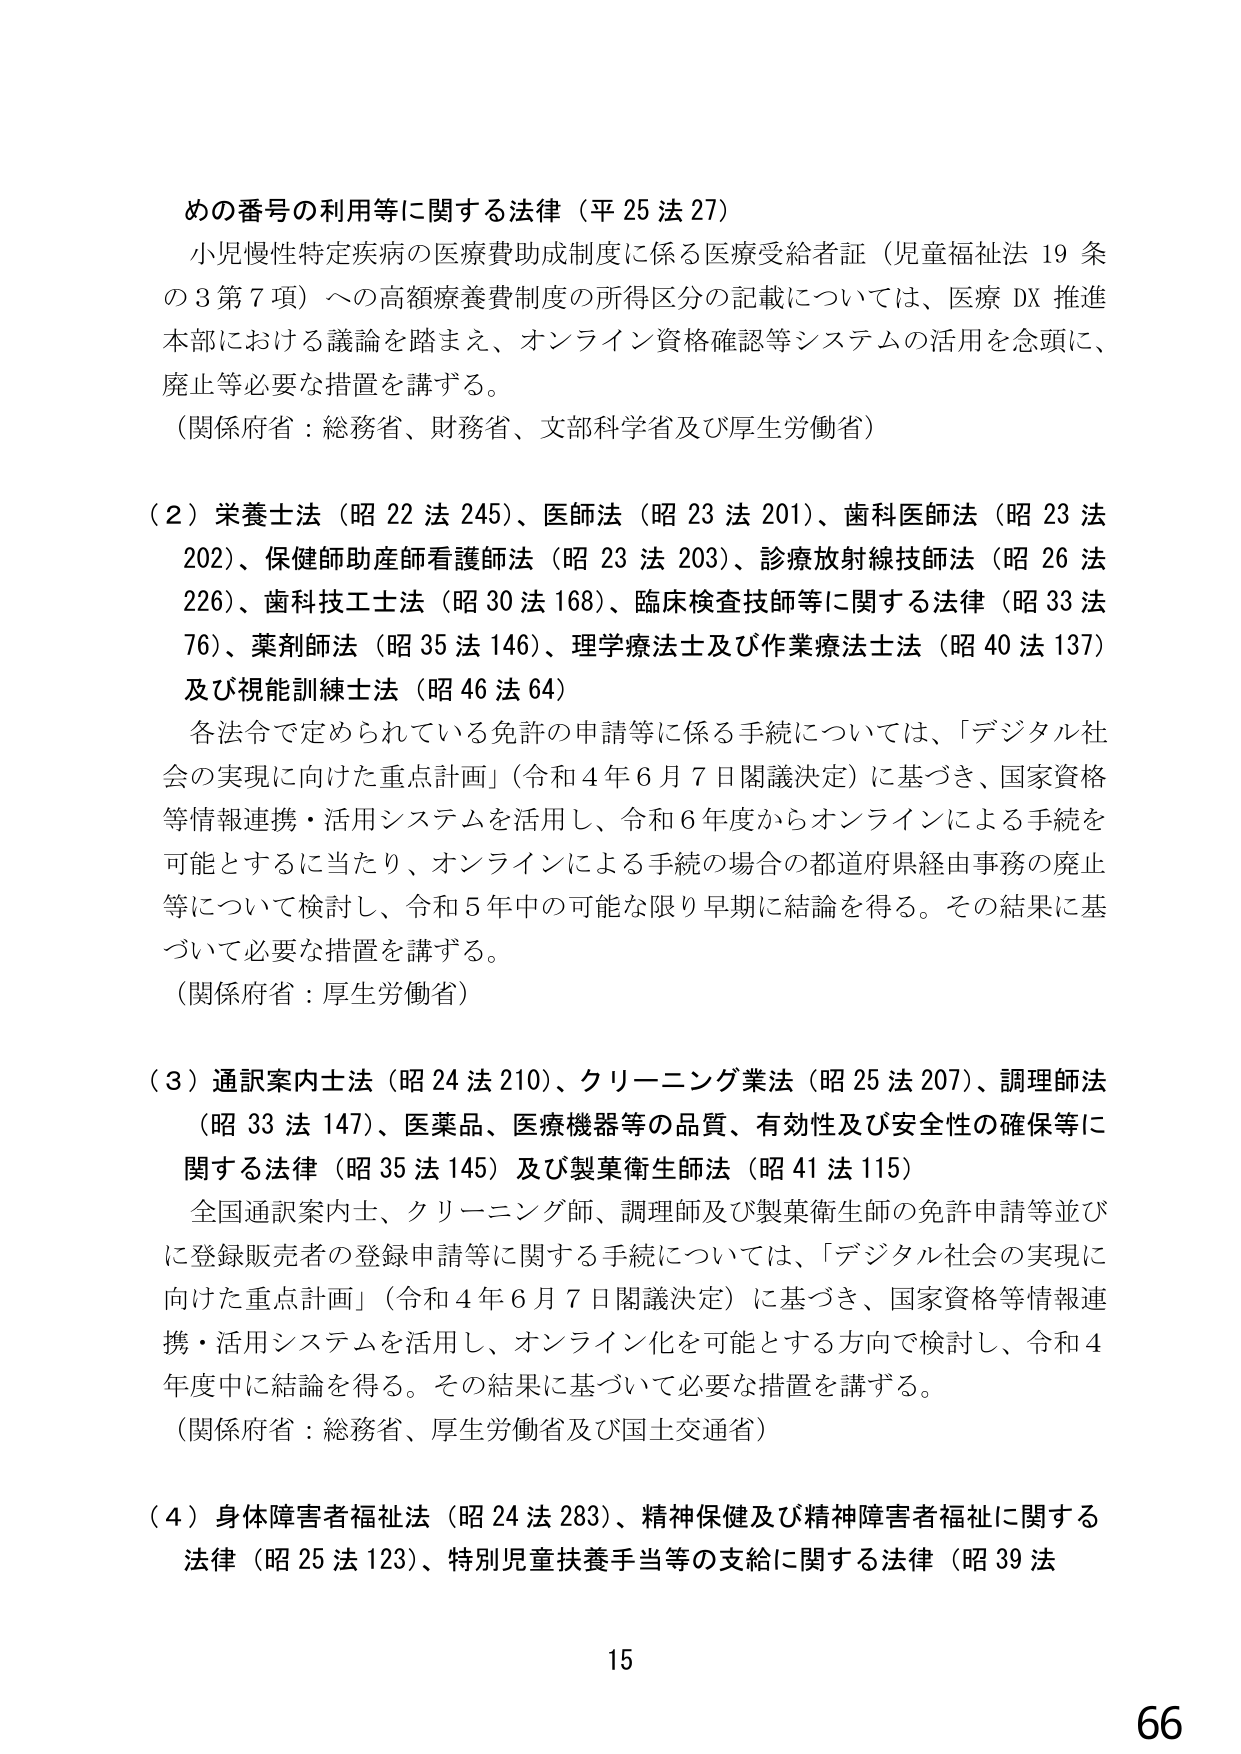
めの番号の利用等に関する法律（平25法27）

小児慢性特定疾病の医療費助成制度に係る医療受給者証（児童福祉法19条の3第7項）への高額療養費制度の所得区分の記載については、医療DX推進本部における議論を踏まえ、オンライン資格確認等システムの活用を念頭に、廃止等必要な措置を講ずる。

（関係府省：総務省、財務省、文部科学省及び厚生労働省）

（2）栄養士法（昭22法245）、医師法（昭23法201）、歯科医師法（昭23法202）、保健師助産師看護師法（昭23法203）、診療放射線技師法（昭26法226）、歯科技工士法（昭30法168）、臨床検査技師等に関する法律（昭33法76）、薬剤師法（昭35法146）、理学療法士及び作業療法士法（昭40法137）及び視能訓練士法（昭46法64）

各法令で定められている免許の申請等に係る手続については、「デジタル社会の実現に向けた重点計画」（令和4年6月7日閣議決定）に基づき、国家資格等情報連携・活用システムを活用し、令和6年度からオンラインによる手続を可能とするに当たり、オンラインによる手続の場合の都道府県経由事務の廃止等について検討し、令和5年中の可能な限り早期に結論を得る。その結果に基づいて必要な措置を講ずる。

（関係府省：厚生労働省）

（3）通訳案内士法（昭24法210）、クリーニング業法（昭25法207）、調理師法（昭33法147）、医薬品、医療機器等の品質、有効性及び安全性の確保等に関する法律（昭35法145）及び製薬衛生師法（昭41法115）

全国通訳案内士、クリーニング師、調理師及び製薬衛生師の免許申請等並びに登録販売者の登録申請等に関する手続については、「デジタル社会の実現に向けた重点計画」（令和4年6月7日閣議決定）に基づき、国家資格等情報連携・活用システムを活用し、オンライン化を可能とする方向で検討し、令和4年度中に結論を得る。その結果に基づいて必要な措置を講ずる。

（関係府省：総務省、厚生労働省及び国土交通省）

（4）身体障害者福祉法（昭24法283）、精神保健及び精神障害者福祉に関する法律（昭25法123）、特別児童扶養手当等の支給に関する法律（昭39法

15

66